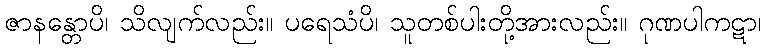
ဇာနန္တောပိ၊ သိလျက်လည်း။ ပရေသံပိ၊ သူတစ်ပါးတို့အားလည်း။ ဂုဏပါကဋာ၊